画像に写った文字を読んでください
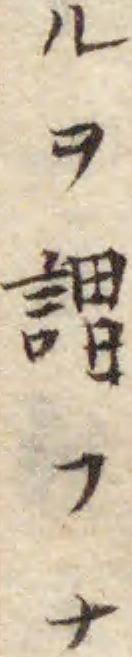
「ルヲ謂フナ」と書いてあります